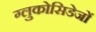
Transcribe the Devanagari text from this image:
ग्लुकोसिडेजों